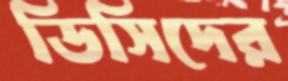
ডিসিদের